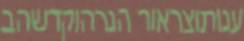
ענותוצראור הנרהוקדשהב